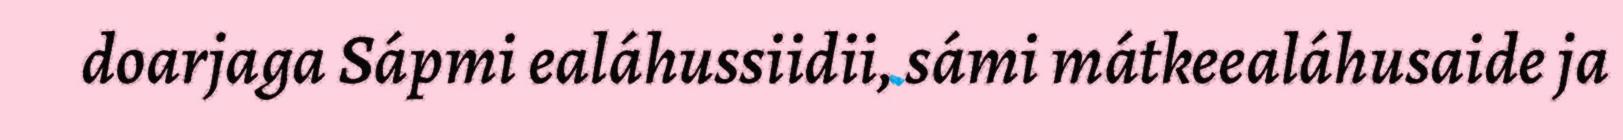
doarjaga Sápmi ealáhussiidii, sámi mátkeealáhusaide ja